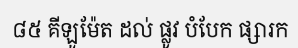
៨៥ គីឡូម៉ែត ដល់ ផ្លូវ បំបែក ផ្សារក